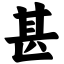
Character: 甚